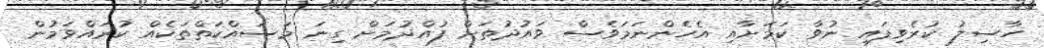
ހާސިލު ކުރެވިފައި ނުވާ ކަމަށާއި އެހެންނަމަވެސް ވައުދުތަށް ފުއްދުމަށް ގިނަ މަސައްކަތްތަކެއް ކުރައްވަމުން